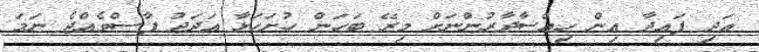
އަދި ފައިދާ އިން ހިއްސާދާރުންނަށް މިރޭ ބަހަން ހުށަހަޅާ އަދަދު ފާސްވެއްޖެ ނަމަ